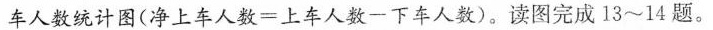
车人数统计图($$净 上 车 人 数 = 上 车 人 数 一 下 车 人 数$$)。读图完成 13~14 题。